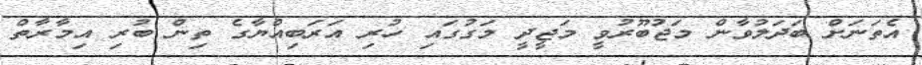
އެތަނަށް ބަދަލުވާން މަޖުބޫރުވީ މަޖީދީ މަގުގައި ހުރި އަރަބިއްޔާގެ ތިން ބުރި އިމާރާތް